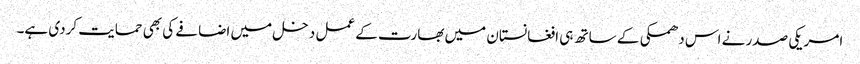
امریکی صدر نے اس دھمکی کے ساتھ ہی افغانستان میں بھارت کے عمل دخل میں اضافے کی بھی حمایت کردی ہے۔